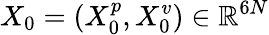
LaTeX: X_{0}=(X_{0}^{p},X_{0}^{v})\in\mathbb{R}^{6N}